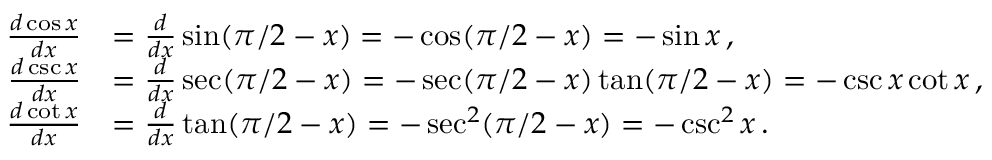
{ \begin{array} { r l } { { \frac { d \cos x } { d x } } } & { = { \frac { d } { d x } } \sin ( \pi / 2 - x ) = - \cos ( \pi / 2 - x ) = - \sin x \, , } \\ { { \frac { d \csc x } { d x } } } & { = { \frac { d } { d x } } \sec ( \pi / 2 - x ) = - \sec ( \pi / 2 - x ) \tan ( \pi / 2 - x ) = - \csc x \cot x \, , } \\ { { \frac { d \cot x } { d x } } } & { = { \frac { d } { d x } } \tan ( \pi / 2 - x ) = - \sec ^ { 2 } ( \pi / 2 - x ) = - \csc ^ { 2 } x \, . } \end{array} }